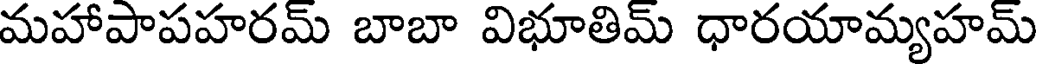
మహాపాపహరమ్ బాబా విభూతిమ్ ధారయామ్యహమ్